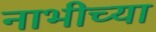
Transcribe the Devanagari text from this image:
नाभीच्या